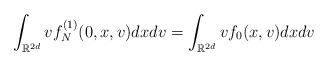
LaTeX: \begin{align*}\int_{\mathbb{R}^{2d}} v f_N^{(1)} (0,x,v) dx dv= \int_{\mathbb{R}^{2d}} v f_0 (x,v) dx dv\end{align*}